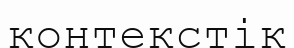
контекстік